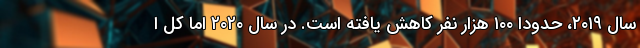
سال ۲۰۱۹، حدودا ۱۰۰ هزار نفر کاهش یافته است. در سال ۲۰۲۰ اما کل ا